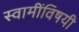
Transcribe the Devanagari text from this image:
स्वामींविषयी